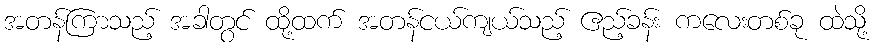
အတန်ကြာသည့် အခါတွင် ထို့ထက် အတန်ငယ်ကျယ်သည့် ဧည့်ခန်း ကလေးတစ်ခု ထဲသို့